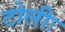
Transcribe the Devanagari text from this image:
टोलीः